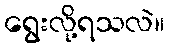
ရွေးလို့ရသလဲ။